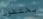
يختفون